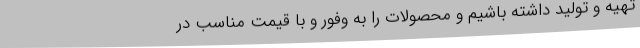
تهیه و تولید داشته باشیم و محصولات را به وفور و با قیمت مناسب در